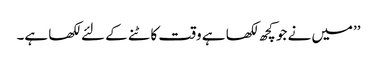
’’میں نے جو کچھ لکھا ہے وقت کاٹنے کے لئے لکھا ہے۔